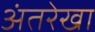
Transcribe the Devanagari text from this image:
अंतरेखा